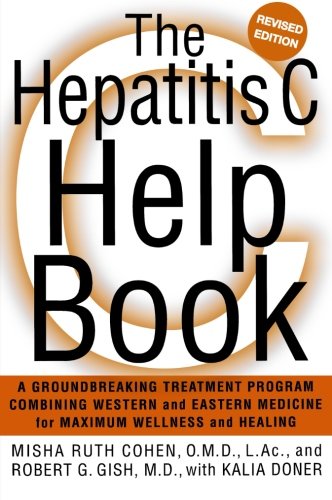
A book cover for The Hepatitis C Help Book: A Groundbreaking Treatment Program Combining Western and Eastern Medicine for Maximum Wellness and Healing; Robert Gish; Health, Fitness & Dieting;